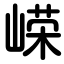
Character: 嵘